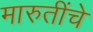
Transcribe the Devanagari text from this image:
मारुतींचे